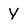
Character: Y